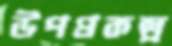
উপপ্রকল্প